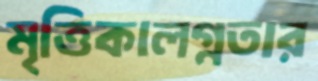
মৃত্তিকালগ্নতার